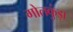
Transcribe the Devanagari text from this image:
गोलकुंड़ा